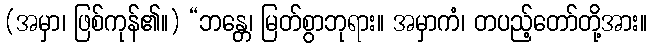
(အမှာ၊ ဖြစ်ကုန်၏။) “ဘန္တေ၊ မြတ်စွာဘုရား။ အမှာကံ၊ တပည့်တော်တို့အား။